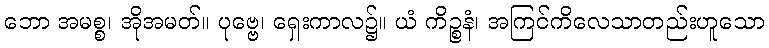
ဘော အမစ္စ၊ အိုအမတ်။ ပုဗ္ဗေ၊ ရှေးကာလ၌။ ယံ ကိဉ္စနံ၊ အကြင်ကိလေသာတည်းဟူသော